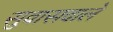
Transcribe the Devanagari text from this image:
सुवासवाले